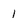
Character: 1